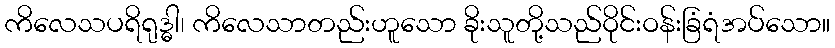
ကိလေသပရိရုဒ္ဓါ၊ ကိလေသာတည်းဟူသော ခိုးသူတို့သည်ဝိုင်းဝန်းခြံရံအပ်သော။